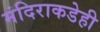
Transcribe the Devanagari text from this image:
मंदिराकडेही